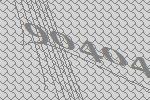
90404